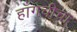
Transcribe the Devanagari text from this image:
हाँगचीचा